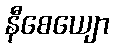
နီစေယျော